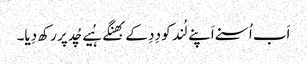
اَب اُسنے اَپنے لُند کو دِدِ کے بھِنگے ہُیے چُد پر رکھ دِیا۔